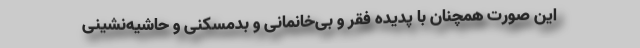
این صورت همچنان با پدیده فقر و بی‌خانمانی و بدمسکنی و حاشیه‌نشینی